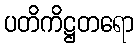
ပတိကိဋ္ဌတရော